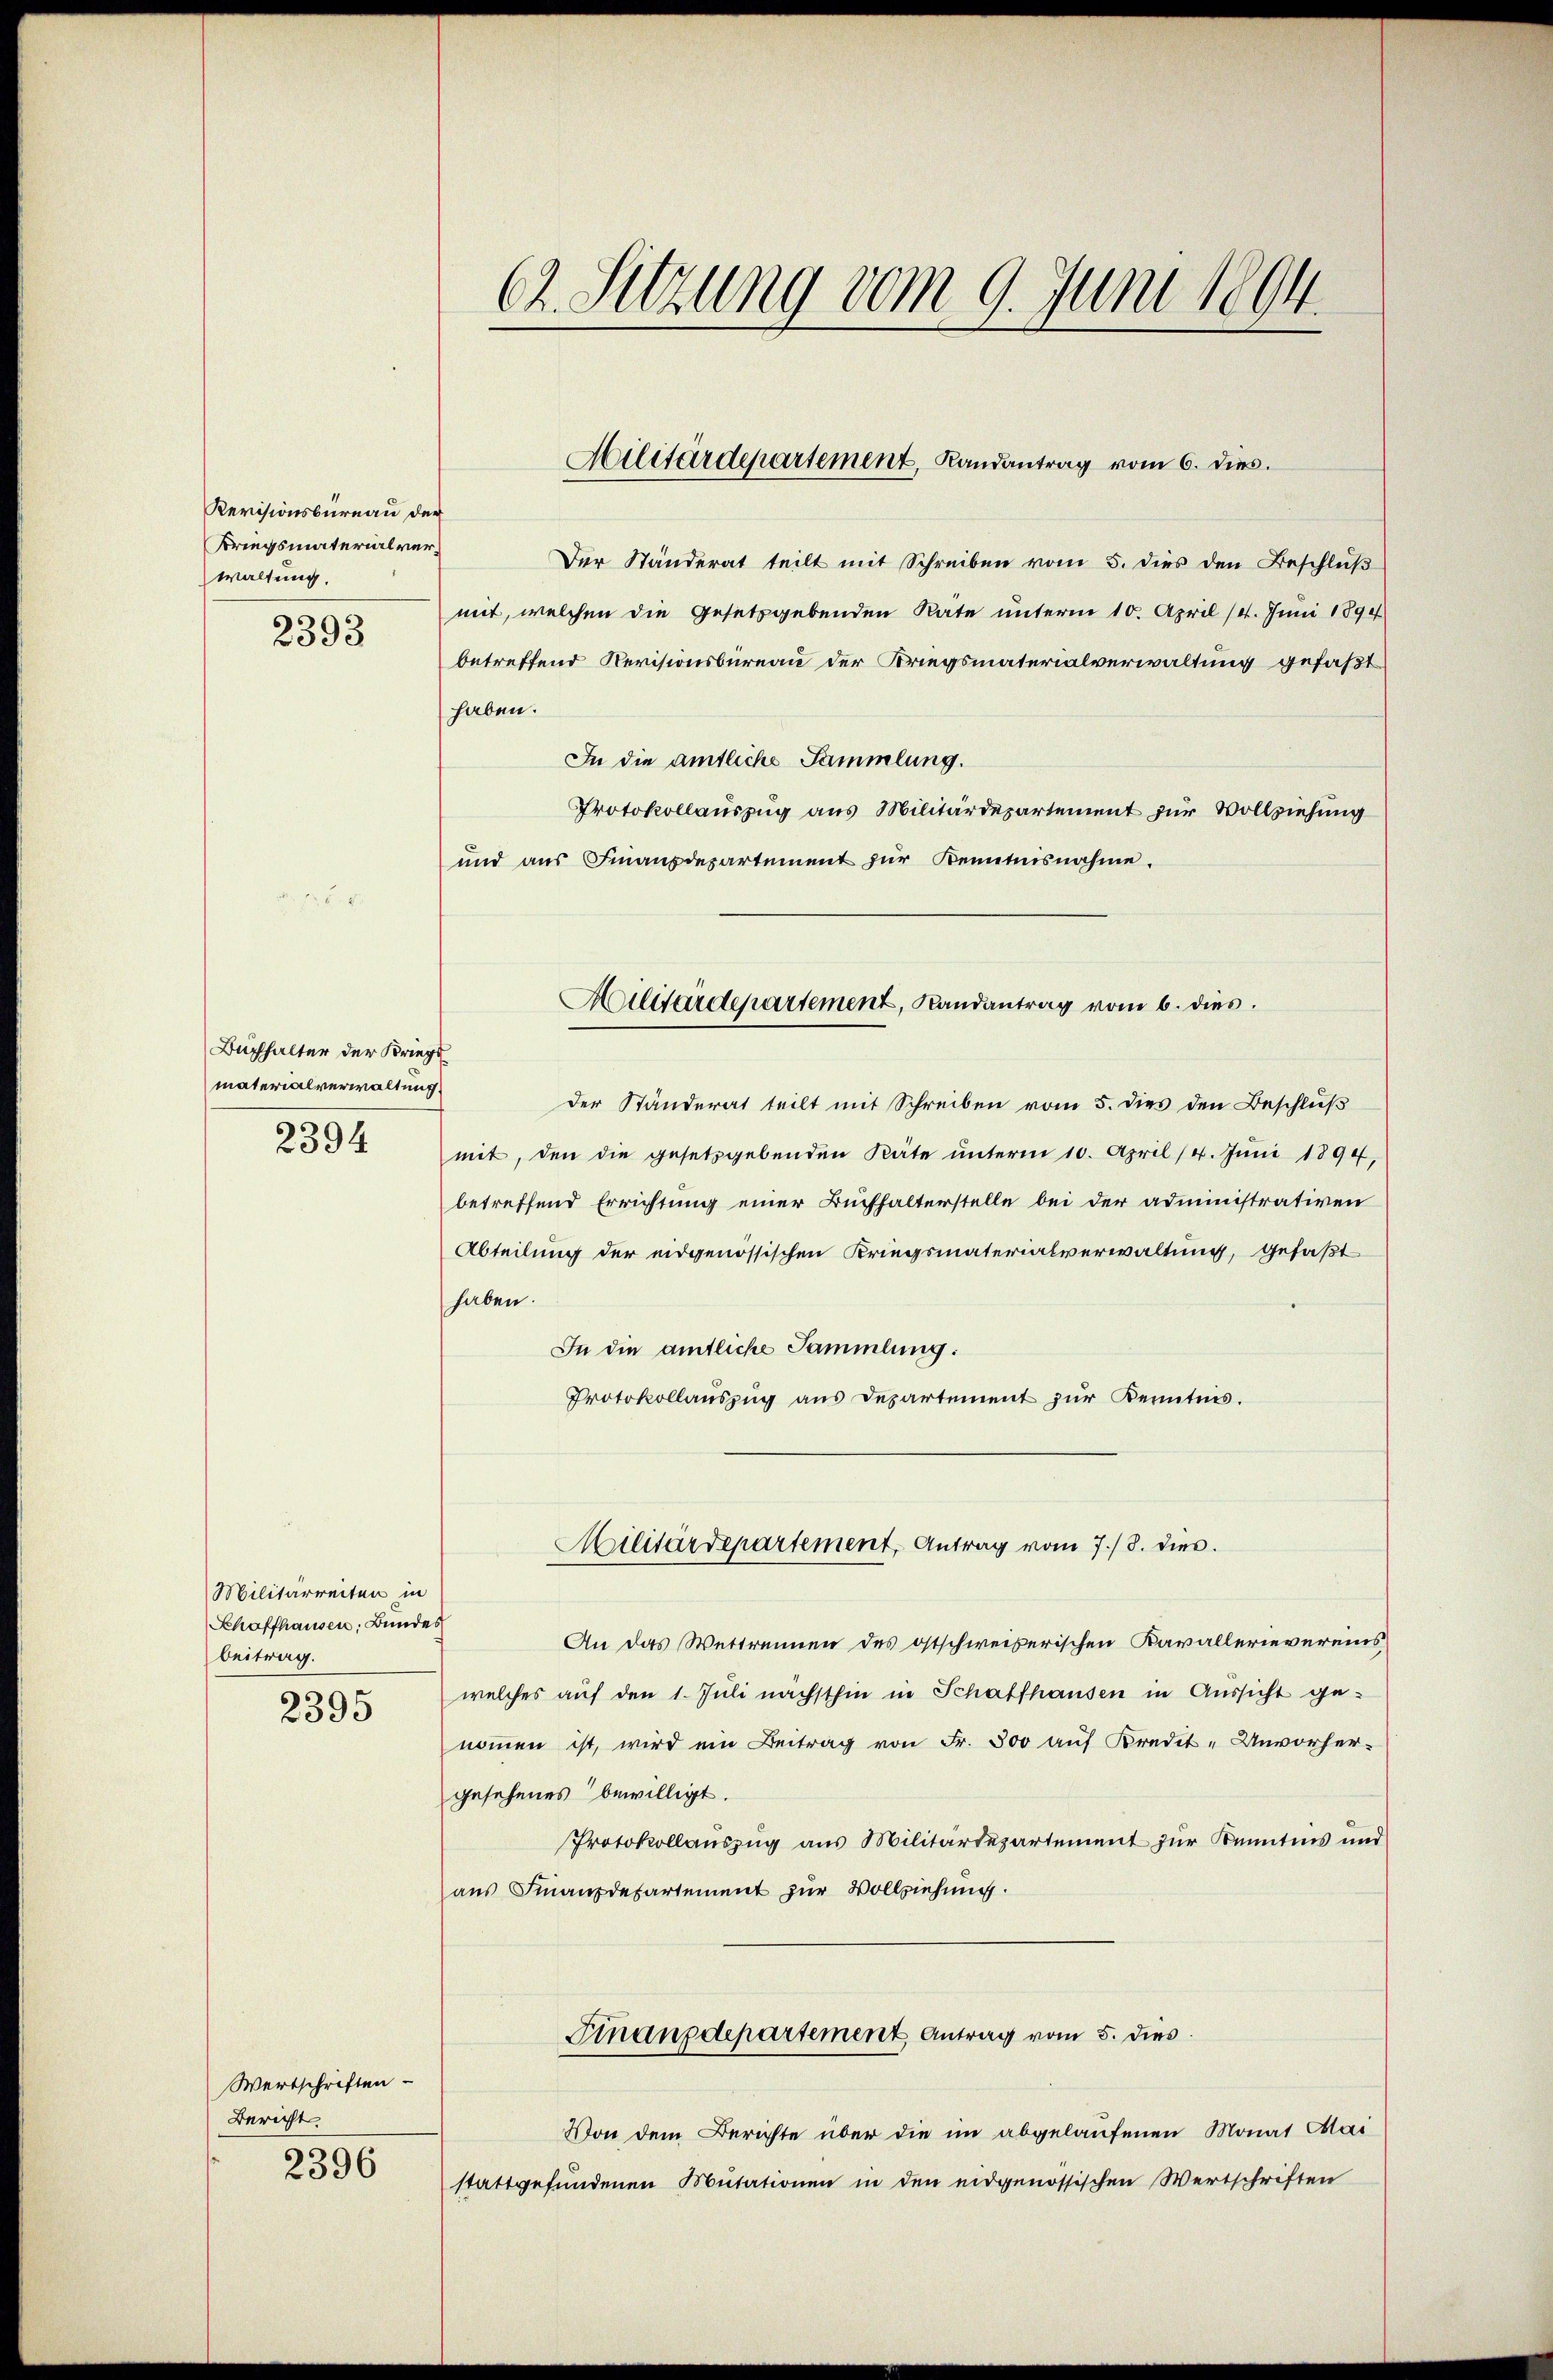
Revisionsbüreau der
Kriegsmaterialverwaltung.

2393

Buchhalter der Kriegs
materialverwaltung
2394

Militärreiten in
Schaffhausen, Bundes
beitrag.

2395

Wertschriften
Bericht
2396

Der Ständerat teilt mit Schreiben vom 5. dies den Beschlŭβ
mit, welchen die Gesetzgebenden Rate unterm 10. April (11. Juni 1890
betreffend Revisionsbüreau der Kriegsmaterialverwaltung gefaßt
haben.
In die amtliche Sammlung.
Protokollauszug aus Militärdepartement für Vollziehung
und aŭs Finanzdepartement für Kenntnisnahme.
Militärdepartement, Landantrag vom 6. dies
Der Ständerat teilt mit Schreiben vom 5. dies den Beschluß
mit, den die gesetzgebenden Räte ŭnterm 10. April (4. Jŭni 1890,
betreffend Errichtung einer Buchhalterstelle bei der administrativen
Abteilung der eidgenössischen Kriegsmaterialverwaltung, gefaßt
haben.
In die amtliche Sammlung:
Protokollaŭszŭg aŭs Departement zŭr Kenntnis.

62. Sitzung vom 9. Juni 1894.

Militärdepartement, Randantrag vom 6. dies

An das Wettrennen des ostschweizerischen Kavallerievereins
welches auf den 1. Juli nächsthin in Schaffhausen in Aussicht genommen ist, wird ein Beitrag von Fr. 500 auf Kredit- Unvorhergesehenes bewilligt.
Protokollauszug aus Militärdepartement zur Kenntnis und
aus Finanzdepartement zur Vollziehung.
Finanzdepartement Antrag vom 5. dies
Von dem Berichte über die im abgelaufenen Monat Mai
stattgefundenen Mutationen in den eidgenössischen Wertschriften

Militärdepartement, Antrag vom 7./8. dies